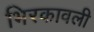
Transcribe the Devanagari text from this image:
भिरकावली